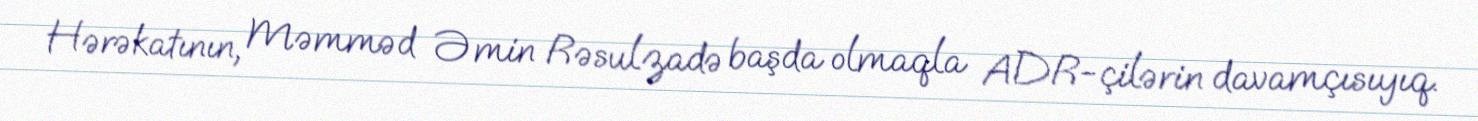
Hərəkatının, Məmməd Əmin Rəsulzadə başda olmaqla ADR-çilərin davamçısıyıq.